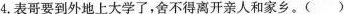
4.表哥要到外地上大学了，舍不得离开亲人和家乡。()